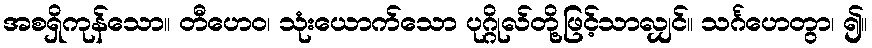
အစရှိကုန်သော။ တီဟေဝ၊ သုံးယောက်သော ပုဂ္ဂိုလ်တို့ဖြင့်သာလျှင်။ သင်္ဂဟေတွာ၊ ၍။